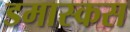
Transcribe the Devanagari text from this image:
डमास्कस